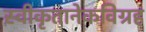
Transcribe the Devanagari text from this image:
स्वीकृतानेकविग्रह